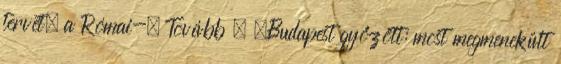
tervét, a Római-. Tovább › ›Budapest győzött: most megmenekült